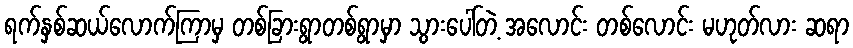
ရက်နှစ်ဆယ်လောက်ကြာမှ တစ်ခြားရွာတစ်ရွာမှာ သွားပေါ်တဲ့ အလောင်း တစ်လောင်း မဟုတ်လား ဆရာ